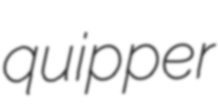
quipper